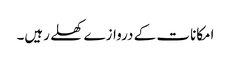
امکانات کے دروازے کھلے رہیں۔